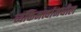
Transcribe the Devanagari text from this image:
व्यक्तिमत्त्वांमधील